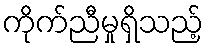
ကိုက်ညီမှုရှိသည့်